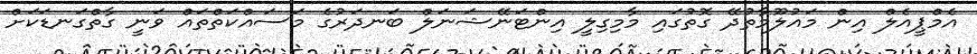
އެމްޕީއެލް އިން މައުލޫމާތުދޭ ގޮތުގައި މާމިގިލީ އިންޓަނޭޝަނަލް ބަނދަރުގެ މަސައްކަތްތައް ވަނީ ގާތްގަނޑަކަށް